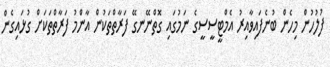
ފުލުހުން މިހެން ބުނެފައިވާއިރު އެމްޓީސީސީގެ ނަމުގައި ގޮތްނޭނގޭ ފަރާތްތަކުން އާންމު ފަރާތްތަކަށް ގުޅައިގެން